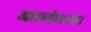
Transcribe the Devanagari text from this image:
आल्फ्रेडच्या